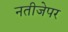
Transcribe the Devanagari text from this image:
नतीजेपर